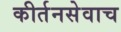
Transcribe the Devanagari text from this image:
कीर्तनसेवाच